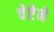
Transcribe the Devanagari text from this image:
चेष्टेने